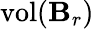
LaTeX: \operatorname{vol}(\mathbf{B}_{r})